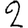
Digit: 2